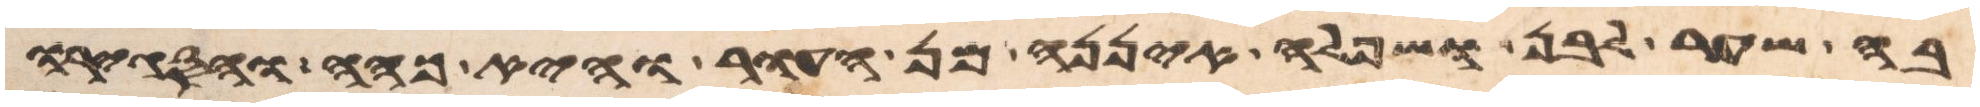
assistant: בה שער לבן ושפלה איננה מן העור והיא כהה והסגירו